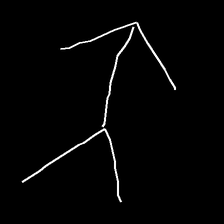
Glyph: gather